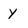
Character: y